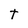
Character: t